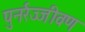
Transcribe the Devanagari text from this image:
पुनर्रज्जीवण